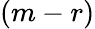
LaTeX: (m-r)